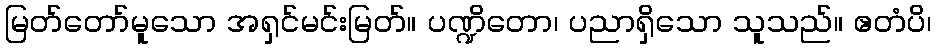
မြတ်တော်မူသော အရှင်မင်းမြတ်။ ပဏ္ဍိတော၊ ပညာရှိသော သူသည်။ ဧတံပိ၊